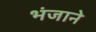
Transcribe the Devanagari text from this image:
भंजाने